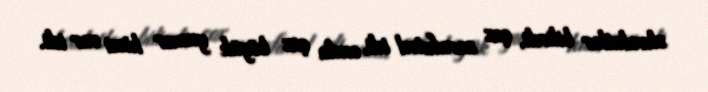
əhvalatlar bilirdi, çox zarafatcıl idi, onda çox böyük yumor hissi var idi.